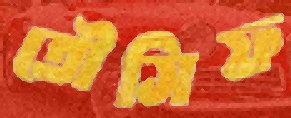
তৌসিফ